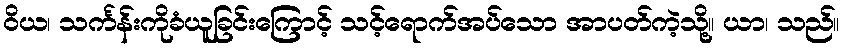
ဝိယ၊ သင်္ကန်းကိုခံယူခြင်းကြောင့် သင့်ရောက်အပ်သော အာပတ်ကဲ့သို့။ ယာ၊ သည်။